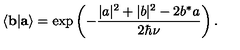
\langle { \bf b } | { \bf a } \rangle = \exp \left( - \frac { | a | ^ { 2 } + | b | ^ { 2 } - 2 b ^ { * } a } { 2 \hbar \nu } \right) .